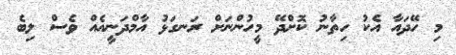
މި ހޭދައާ އެކު ހިތާނު ކޮށްދޭ މީހުންނަށް ރަނގަޅު އާމްދަނީއެއް ވެސް ލިބެ